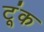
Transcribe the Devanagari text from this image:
टूंक